Rongu_vallavalitsus, lk 14
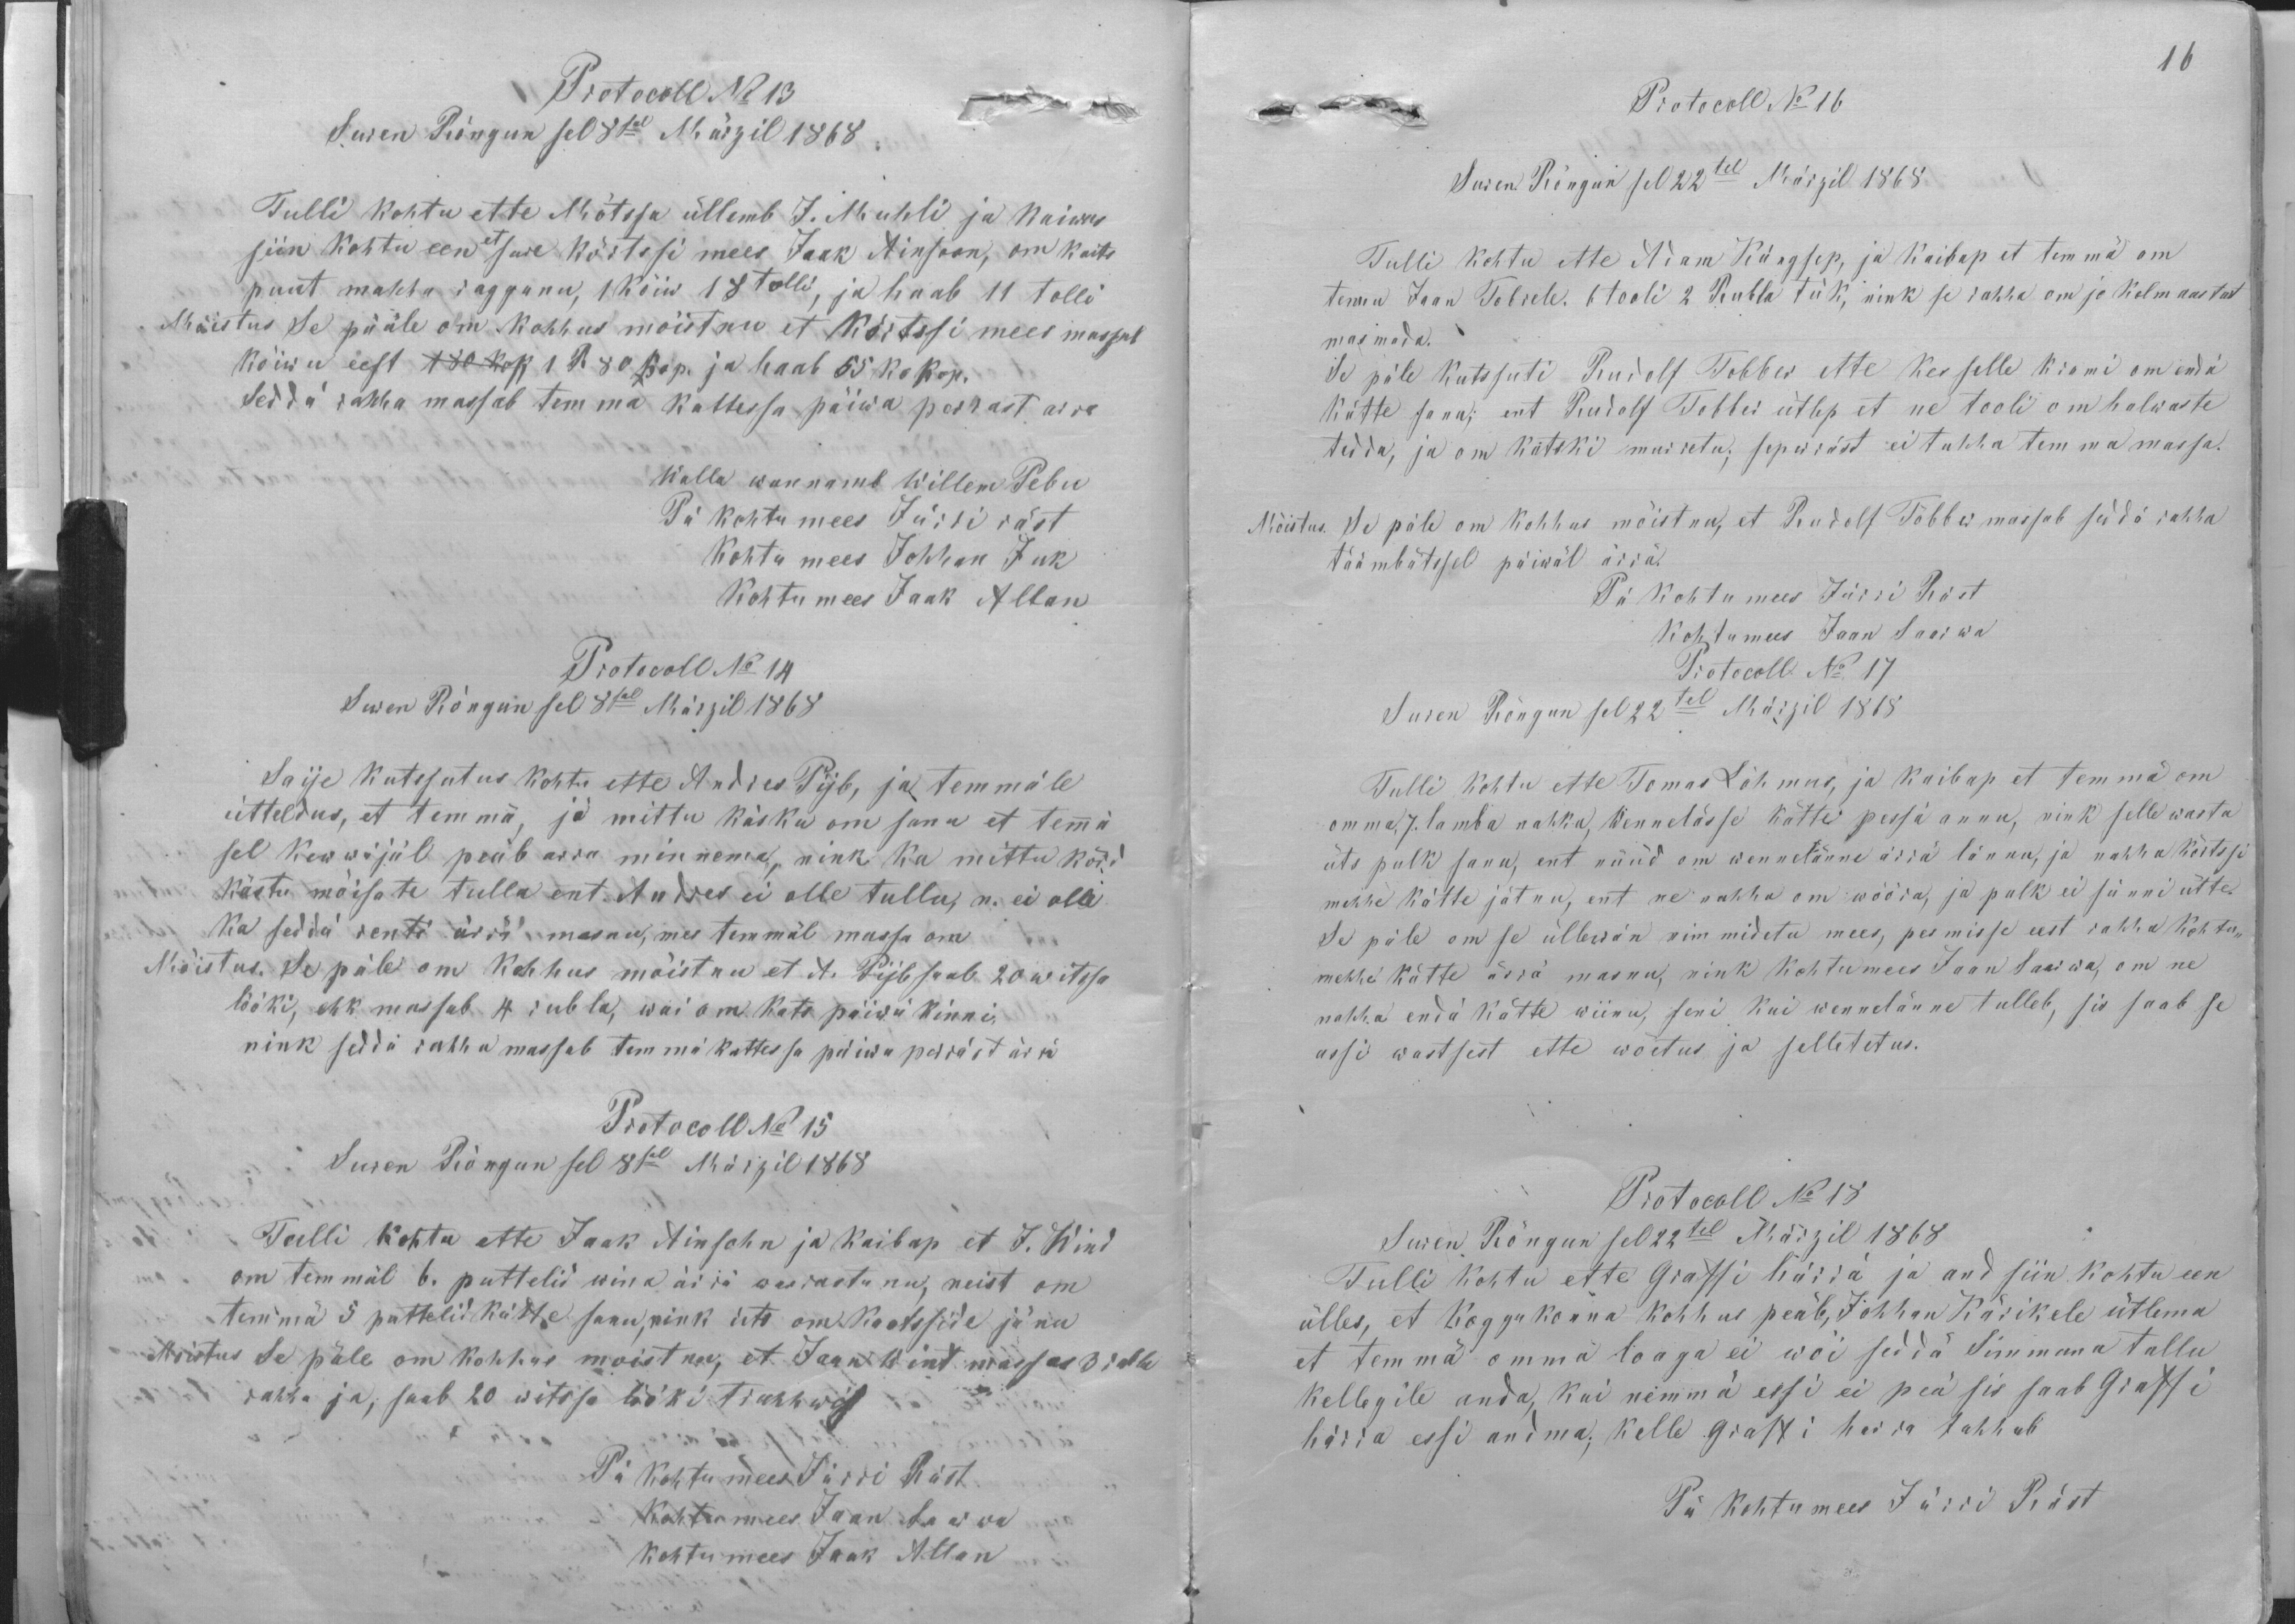
Protocoll No 13
Suren Rõngun sel 8sal Märzil 1868
Tulli kohtu ette Mõtssa üllemb J. Muhli ja kaiwas
siin kohtu een et sure kõrtssi mees Jaak Ainsoon, om kaits
puut mahha raggunu, 1 kõiw 18 tolli, ja haab 11 tolli
Mõistus Se pääle om kohhus mõistnu et kõrtssi mees massab
kõiwu eest 180 kop 1 R. 80 kop. ja haab 65 ko kop.
Seddä rahha massab temma kattessa päiwa perrast arra
Walla wannemb Willem Pebu
Pä kohtu mees Jürri räst
Kohtu mees Johhan Juk
Kohtu mees Jaak Allan
Protocoll No 14
Suren Rõngun sel 8sal Märzil 1868
Saije kutssutus kohtu ette Andres Pijb, ja temmäle
ütteldus, et temmä, jo mittu käsku om sanu et temmä
sel kewwäjäl peäb arra minnema, nink ka mittu kõrd
kästu mõisate tulla ant. Andres ei olle tullu, n. ei olle
ka seddä renti ärrä masnu, mis temmäl massa om
Mõistus. Se päle om kohhus mõistan et A. Pijb saab 20 witssa
lööki, ehk massab 4 rubla, wai om kats päiwä kinni
nink seddä rahha massab temma kattessa päiwa perräst ärrä
Protocoll No 15
Suren Rõngun sel 8sal Märzil 1868
Tulli kohtu ette Jaak Ainsohn ja Kaibap et J. Wind
om temmäl 6. puttelid wina ärrä warrastanu, neist om
temmä 5 puttelid kätte sanu, nink üts om kaotsside jänu
Moistus Se päle om kohhus moistnu, et Jaan Wint massab 3 rubla
rahha ja, saab 20 witssa lööki trahhwis
Pä kohtu mees Jürri Räst
Kohtu mees Jaan Saarwa
Kohtu mees Jaak Allan

16
Protocoll No 16
Suren Rõngun sel 22tel Märzil 1868
Tulli kohtu ette Adam Küngsep, ja kaibap et temmä om
tennu Jaan Tobrele. 6 tooli 2 Rubla tük, nink se rahha om jo kolm aastat
masmada.
Se päle kutssuti Rudolf Tobber ette jes selle krami om endä
kätte sanu; ent Rudolf Tobber ütlep et ne tooli om halwaste
teddu ja on katski murretu; seperräst ei tahha temma massa.
Mõistus. Se päle om kohhus mõistnu, et Rudolf Tobber massab seddä rahha
täämbätssel päiwäl ärrä.
Pä kohtumees Jürri Räst
Kohtumees Jaan Saarwa
Protocoll No 17
Suren Rõngun sel 22tel Märzil 1868
Tulli kohtu ette Tomas Lõhmus, ja kaibap et temmä om
omma, 7. lamba nahku, Wennelässe kätte pessä annu, nink selle wasta
üts palk sanu, ent nüüd om wennelänne ärrä lännu, ja nahha kõrtssi
mehhe kätte jätnu, ent ne nahha om wõõra, ja palk ei sünni ütte.
Se päle on se üllewän nimmidetu mees, pesmisse eest rahha kohtu-
mehhe kätte ärrä masnu, nink kohtumees Jaan Saarwa, on ne
nahha endä kätte wiinu, seni kui wennelänne tulleb, siis saab se
assi wastsest ette wõetus ja selletetus.
Protokoll No 18
Suren Rõngun sel 22tel Märzil 1868
Tulli kohtu ette Graffi härrä ja and siin kohtu een
ülles, et koggukonna kohhus peäb, Johhan Kärikele ütlema
et temma omma loaga ei woi seddä Simmuna tallu
kellegile anda, kui nemmä essi ei peä sis saab Graffi
härra essi andma; kelle Graffi herra tahhab
Pä kohtumees Jürri Räst